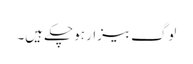
لوگ بیزار ہو چکے ہیں۔